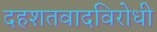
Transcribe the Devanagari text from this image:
दहशतवादविरोधी